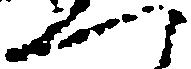
一